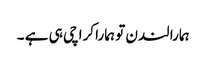
ہمارا لندن تو ہمارا کراچی ہی ہے ۔